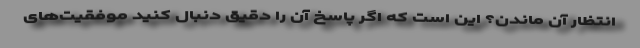
انتظار آن ماندن؟ این است که اگر پاسخ آن را دقیق دنبال کنید موفقیت‌های